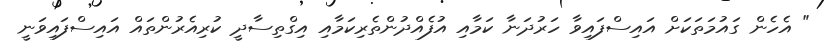
" އެހެން ގައުމަތަކަށް އައިސްފައިވާ ހަރުދަނާ ކަމާއި އުފެއްދުންތެރިކަމާއި އިގްތިސާދީ ކުރިއެރުންތައް އައިސްފައިވަނީ